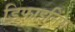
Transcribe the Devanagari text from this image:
डिफाइनिंग